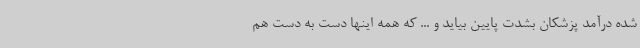
شده درآمد پزشکان بشدت پایین بیاید و ... که همه اینها دست به دست هم